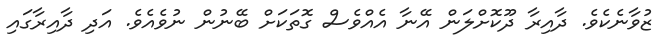
ޒުވާނެކެވެ. ދާއިރާ ދޫކޮށްލަން އޭނާ އެއްވެސް ގޮތަކަށް ބޭނުން ނުވެއެވެ. އަދި ދާއިރާގައި